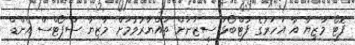
ފޮޓޯ މާޒިޔާ އާ އަހަރުގެ ފުޓްބޯޅަ ސީޒަނަށް ތައްޔާރުވުމަށް މާޒިޔާ ސްޕޯޓްސް އެންޑް